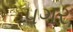
પગર